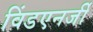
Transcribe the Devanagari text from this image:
विंडएनर्जी